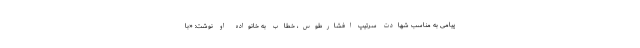
پیامی به مناسب شهادت سرتیپ افشارطوس، خطاب به خانواده او نوشت: «با